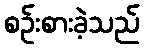
စဉ်းစားခဲ့သည်